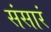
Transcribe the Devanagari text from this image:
संसारं